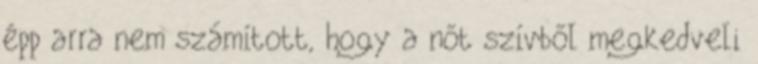
épp arra nem számított, hogy a nőt szívből megkedveli